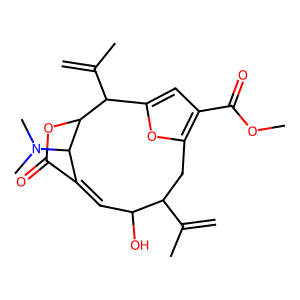
SMILES: C=C(C)C1Cc2oc(cc2C(=O)OC)C(C(=C)C)C2OC(=O)C(=CC1O)C2N(C)C
Inhibits HIV replication: No